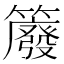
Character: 䉬